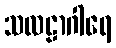
သလဠာဂါရေ